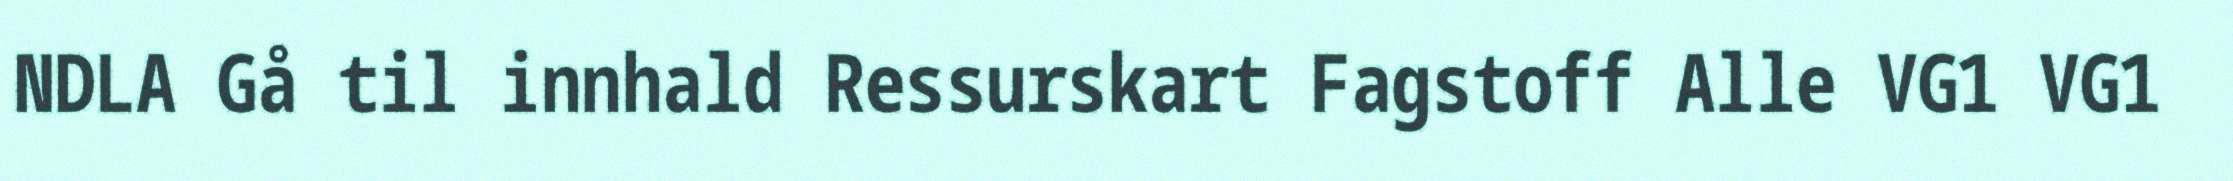
NDLA Gå til innhald Ressurskart Fagstoff Alle VG1 VG1